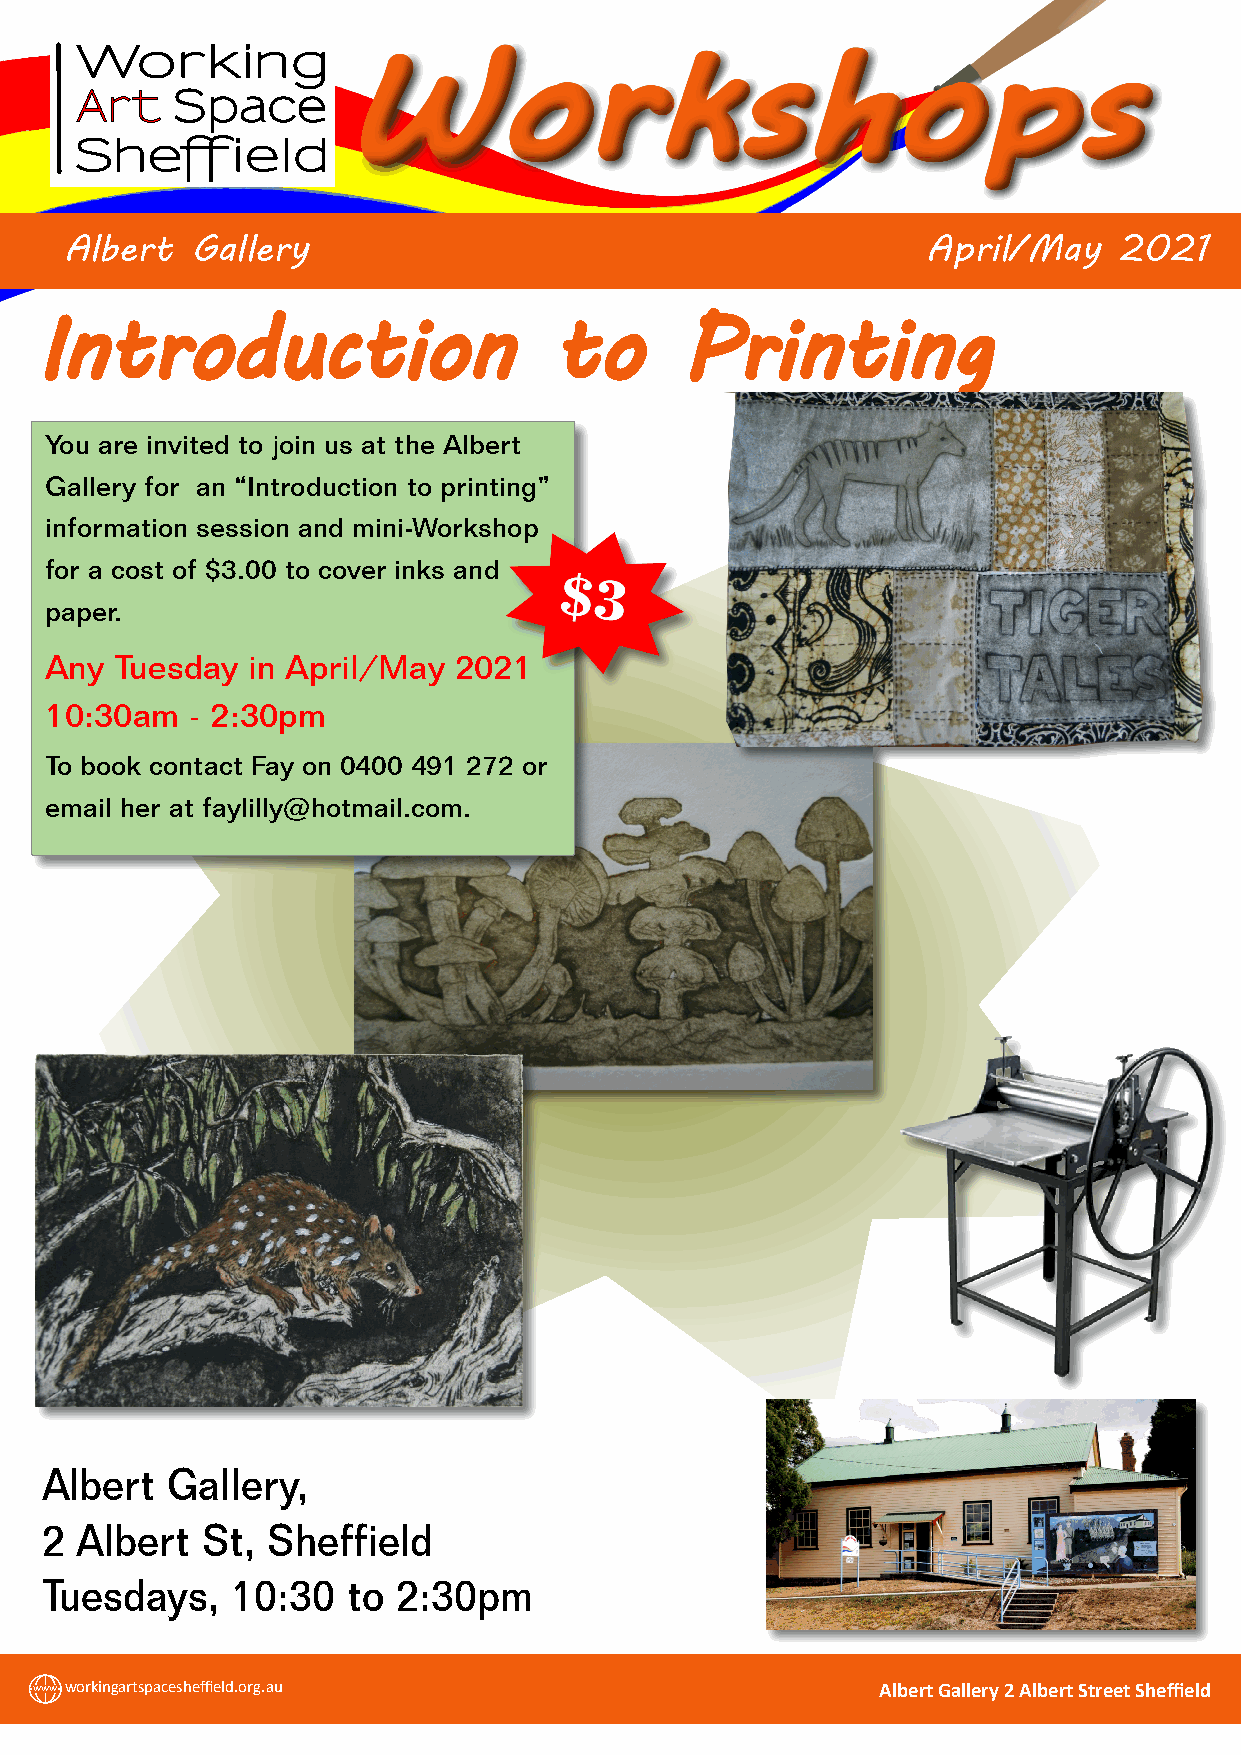
Working
 Art   Space
 Sheffield
 Albert   Gallery                                         April/May    2021
 Introduction                      to      Printing
 You are invited to join us at the Albert
 Gallery for an “Introduction to printing”
 information session and mini-Workshop
 for a cost of $3.00 to cover inks and
 paper.
 Any  Tuesday in April/May  2021
 10:30am  - 2:30pm
 To book contact Fay on 0400 491 272 or
 email her at faylilly@hotmail.com.
 Albert  Gallery,
 2 Albert  St,  Sheffield
 Tuesdays,   10:30   to 2:30pm
 www workingartspacesheffield.org.au                     AlbertGallery2AlbertStreetSheffield